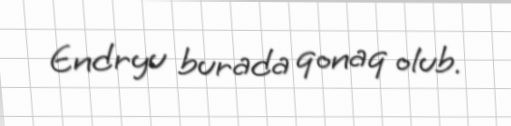
Endryu burada qonaq olub.